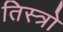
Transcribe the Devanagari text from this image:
तिस्त्रो